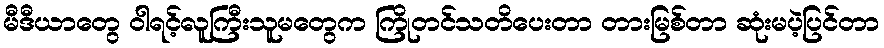
မီဒီယာတွေ ဝါရင့်လူကြီးသူမတွေက ကြိုတင်သတိပေးတာ တားမြစ်တာ ဆုံးမပဲ့ပြင်တာ